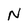
Character: N